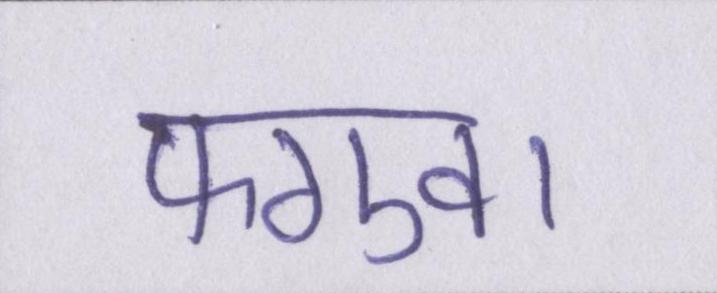
फगुवा